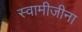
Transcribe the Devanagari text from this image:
स्वामीजीना